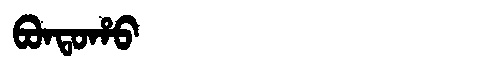
Manchu: ᠪᠣᠨᡨᠣᡥᠣ
Romanization: BONTOHO